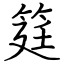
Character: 筳